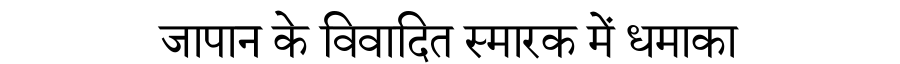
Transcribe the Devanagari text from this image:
जापान के विवादित स्मारक में धमाका